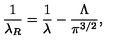
\frac { 1 } { \lambda _ { R } } = \frac { 1 } { \lambda } - \frac { \Lambda } { \pi ^ { 3 / 2 } } ,